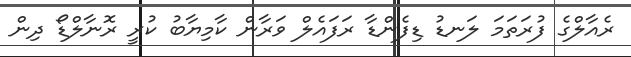
ރެއާލްގެ ފުރަތަމަ ލަނޑު ޑިފެންޑާ ރަފައެލް ވަރާން ކާމިޔާބު ކުރީ ރޮނާލްޑޯ ދިން